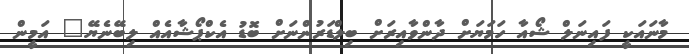
މާނައަކީ ފައިނަލް ޝޯއާ ހަމަޔަށް ދާންވާއިރަށް ބިލްޑަރުންނަށް ބޮޑު އެކްޕޯޝާއެއް ލިބޭނެޔޭ" އަމީން